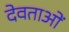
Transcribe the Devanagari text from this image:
देवताओं